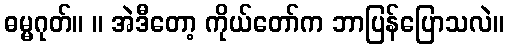
ဓမ္မဂုတ်။ ။ အဲဒီတော့ ကိုယ်တော်က ဘာပြန်ပြောသလဲ။